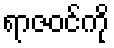
ရာဇဝင်ကို